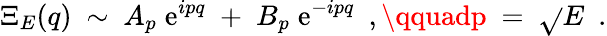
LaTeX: \Xi_{E}(q)\ \sim\ A_{p}\; \mathrm{e}^{ipq}\; +\; B_{p}\; \mathrm{e}^{-ipq}\ \ ,\qquadp\ =\ \sqrt{}{{E}}\ \ .